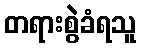
တရားစွဲခံရသူ